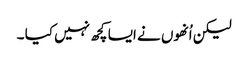
لیکن اُنھوں نے ایسا کچھ نہیں کیا ۔